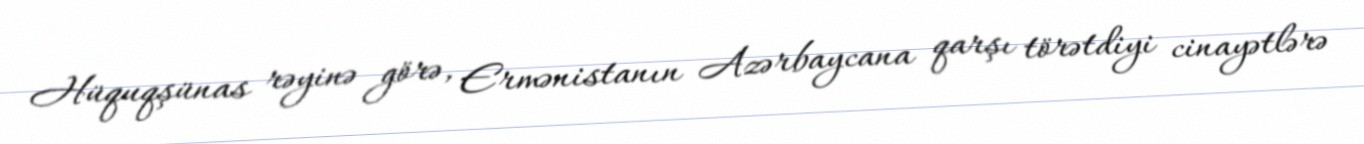
Hüquqşünas rəyinə görə, Ermənistanın Azərbaycana qarşı törətdiyi cinayətlərə